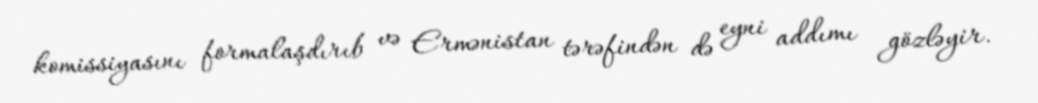
komissiyasını formalaşdırıb və Ermənistan tərəfindən də eyni addımı gözləyir.